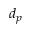
d _ { p }